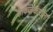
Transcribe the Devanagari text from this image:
डावजेकरांना